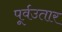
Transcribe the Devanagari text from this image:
पूर्वउतार